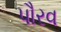
પૌરવ